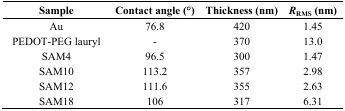
<table><thead><tr><td><b>Sample</b></td><td><b>Contact angle (°)</b></td><td><b>Thickness (nm)</b></td><td><b><i>R</i><sub>RMS</sub> (nm)</b></td></tr></thead><tbody><tr><td>Au</td><td>76.8</td><td>420</td><td>1.45</td></tr><tr><td>PEDOT-PEG lauryl</td><td>-</td><td>370</td><td>13.0</td></tr><tr><td>SAM4</td><td>96.5</td><td>300</td><td>1.47</td></tr><tr><td>SAM10</td><td>113.2</td><td>357</td><td>2.98</td></tr><tr><td>SAM12</td><td>111.6</td><td>355</td><td>2.63</td></tr><tr><td>SAM18</td><td>106</td><td>317</td><td>6.31</td></tr></tbody></table>